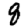
Digit: 8